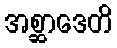
အစ္ဆာဒေတိ